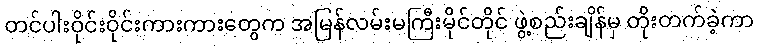
တင်ပါးဝိုင်းဝိုင်းကားကားတွေက အမြန်လမ်းမကြီးမိုင်တိုင် ဖွဲ့စည်းချိန်မှ တိုးတက်ခဲ့ကာ